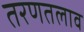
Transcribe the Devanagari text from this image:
तरणतलाव